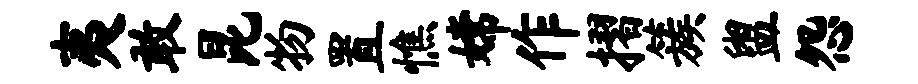
夷敢昆物置憔嫦作摺簇盥怨